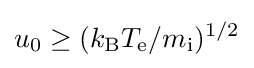
u_{0}\geq (k_{\mathrm {B} }T_{\mathrm {e} }/m_{\mathrm {i} })^{1/2}